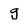
Character: g